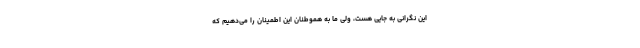
این نگرانی به جایی هست، ولی ما به هموطنان این اطمینان را می‌دهیم که